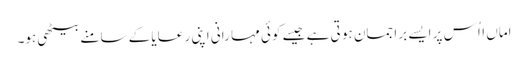
اماں ااُس پر ایسے برا جمان ہو تی ہے جیسے کوئی مہا رانی اپنی ر عایا کے سامنے بیٹھی ہو۔